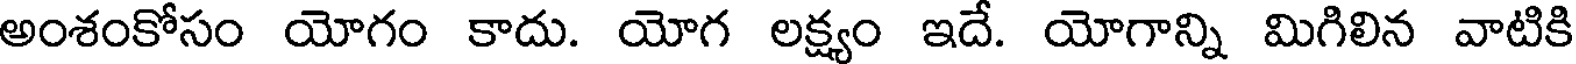
అంశంకోసం యోగం కాదు. యోగ లక్ష్యం ఇదే. యోగాన్ని మిగిలిన వాటికి